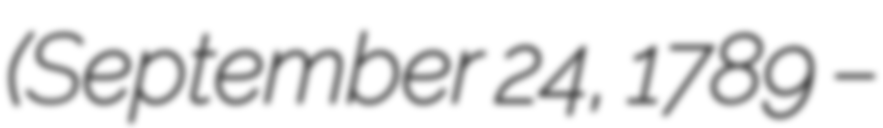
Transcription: (September 24, 1789 –